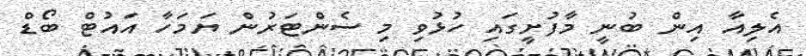
އެލިއާ އިން ބުނީ މާފުށީގައިި ހުޅުވި މި ސެންޓަރުން ޔަމަހާ އައުޓް ބޯޑް